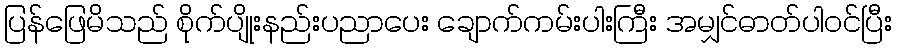
ပြန်ဖြေမိသည် စိုက်ပျိုးနည်းပညာပေး ချောက်ကမ်းပါးကြီး အမျှင်ဓာတ်ပါဝင်ပြီး